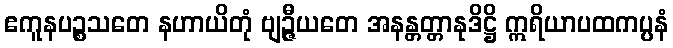
ဧကူနပဉ္စသတေ နဟာယိတုံ ဗျဉ္ဇီယတေ အနန္တတ္တာနုဒိဋ္ဌိ ဣရိယာပထကပ္ပနံ